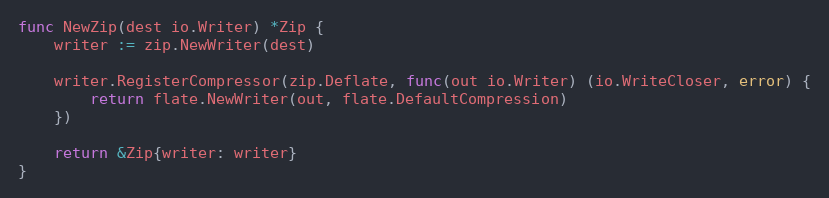
Language: Go
func NewZip(dest io.Writer) *Zip {
	writer := zip.NewWriter(dest)

	writer.RegisterCompressor(zip.Deflate, func(out io.Writer) (io.WriteCloser, error) {
		return flate.NewWriter(out, flate.DefaultCompression)
	})

	return &Zip{writer: writer}
}